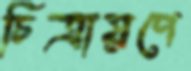
চিত্রায়ণে